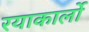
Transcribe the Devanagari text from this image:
रयाकार्लो